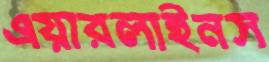
এয়ারলাইনস